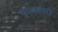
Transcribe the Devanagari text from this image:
फुलपाखरी